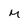
Character: m